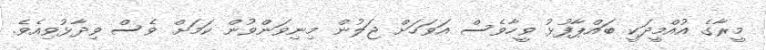
މީރާގެ އުއްމީދަކީ ބައްޕާފުޅު ވީހާވެސް އަވަހަށް ޖަލުން މިނިވަންވުން ކަަމަށް ވެސް ވިދާޅުވިއެވެ.